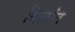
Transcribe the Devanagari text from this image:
बिळांत